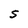
Character: S